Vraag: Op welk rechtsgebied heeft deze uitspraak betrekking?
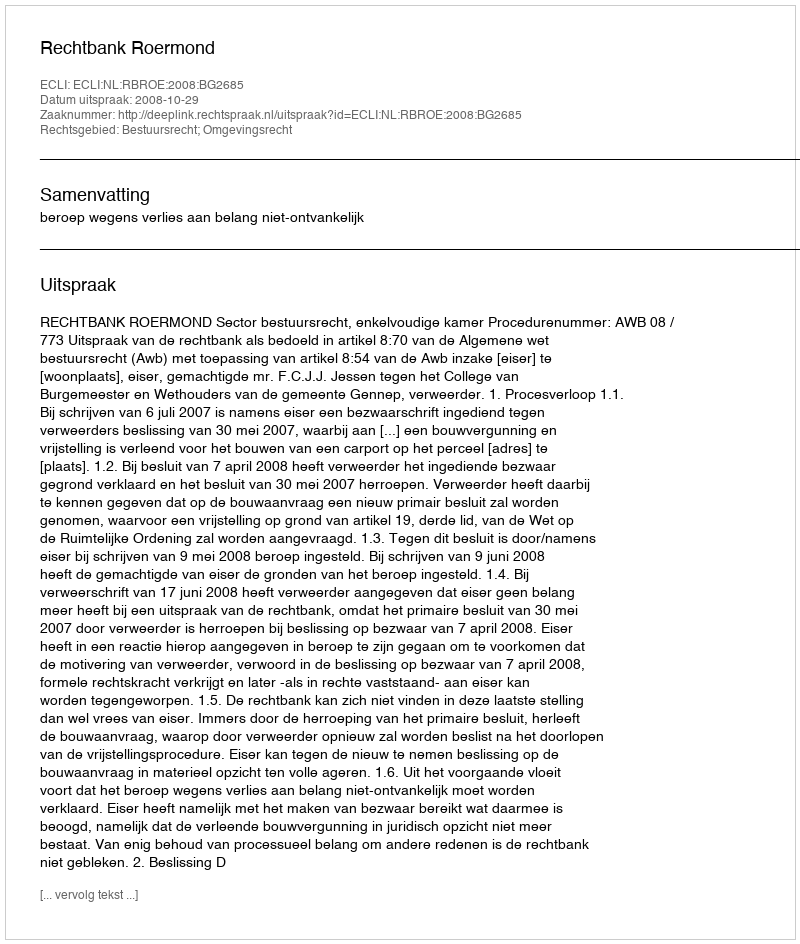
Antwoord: Bestuursrecht; Omgevingsrecht